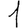
Digit: 1